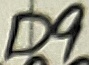
Text: D9